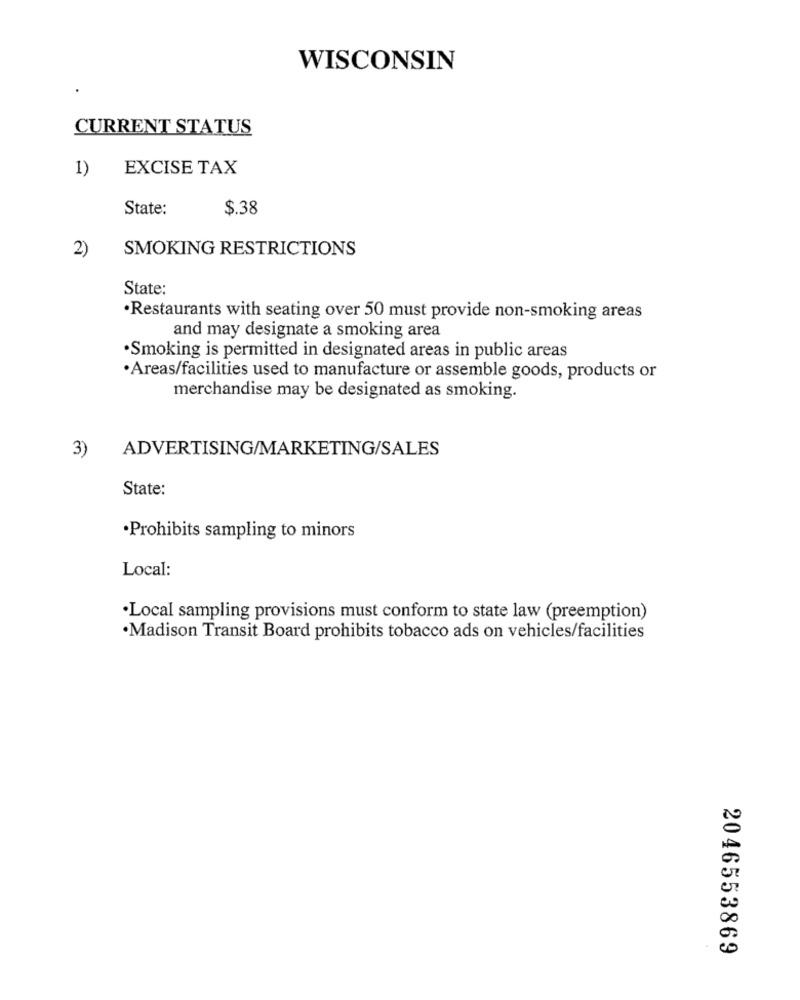
WISCONSIN
CURRENT STATUS
1)
EXCISE TAX
State:
$.38
2)
SMOKING RESTRICTIONS
State:
·Restaurants with seating over 50 must provide non-smoking areas
and may designate a smoking area
·Smoking is permitted in designated areas in public areas
·Areas/facilities used to manufacture or assemble goods, products or
merchandise may be designated as smoking.
ADVERTISING/MARKETING/SALES
3)
State:
·Prohibits sampling to minors
Local:
·Local sampling provisions must conform to state law (preemption)
·Madison Transit Board prohibits tobacco ads on vehicles/facilities
2046553869